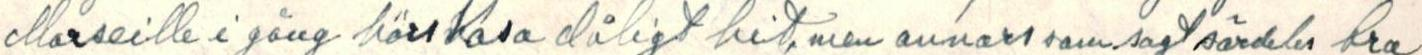
Marseille i gång hörs Vasa dåligt hit, men annars som sagt särdeles bra